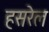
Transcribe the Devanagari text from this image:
हसरेल